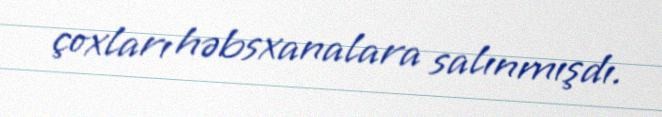
çoxları həbsxanalara salınmışdı.